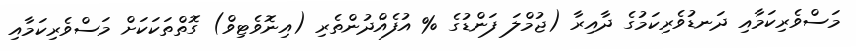
މަސްވެރިކަމާއި ދަނޑުވެރިކަމުގެ ދާއިރާ (ޖުމްލަ ފަންޑުގެ % އުފެއްދުންތެރި (އިނޮވެޓިވް) ގޮތްތަކަކަށް މަސްވެރިކަމާއި